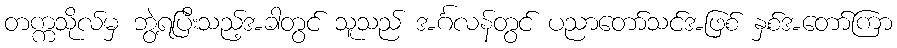
တက္ကသိုလ်မှ ဘွဲ့ရပြီးသည့်အခါတွင် သူသည် အင်္ဂလန်တွင် ပညာတော်သင်အဖြစ် နှစ်အတော်ကြာ